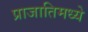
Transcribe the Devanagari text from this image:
प्राजातिमध्ये